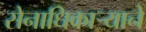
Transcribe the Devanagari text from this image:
सेनाधिकार्‍याने